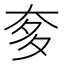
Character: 奓